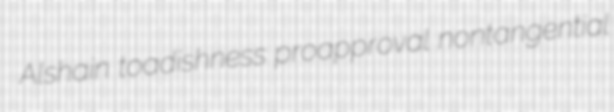
Alshain toadishness proapproval nontangential